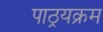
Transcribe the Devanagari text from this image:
पाठ्रयक्रम